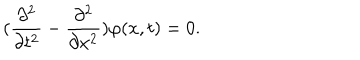
( \frac { \partial ^ { 2 } } { \partial t ^ { 2 } } - \frac { \partial ^ { 2 } } { \partial x ^ { 2 } } ) \varphi ( x , t ) = 0 .